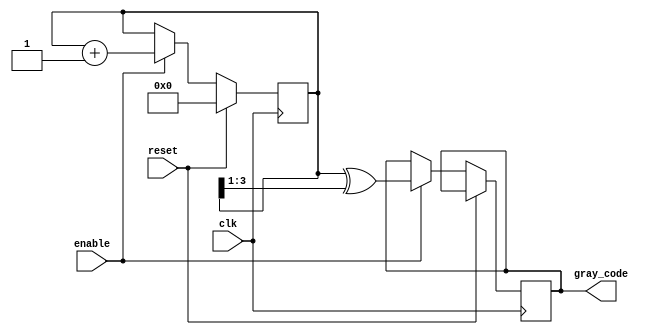
module gray_code_counter (
    input wire clk,
    input wire reset,
    input wire enable,
    output reg [3:0] gray_code
);

reg [3:0] binary_code;

always @(posedge clk) begin
    if (reset) begin
        binary_code <= 4'b0000;
    end else if (enable) begin
        // Gray code conversion
        gray_code <= binary_code ^ (binary_code >> 1);
        
        // Binary code increment
        binary_code <= binary_code + 1;
    end
end

endmodule